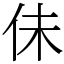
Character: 佅